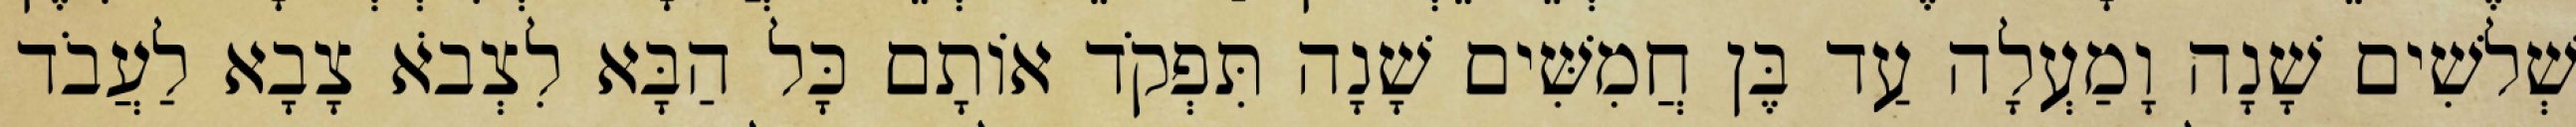
שְׁלשִׁים שָׁנָה וָמַעְלָה עַד בֶּן חֲמִשִּׁים שָׁנָה תִּפְקֹד אוֹתָם כָּל הַבָּא לִצְבֹא צָבָא לַעֲבֹד